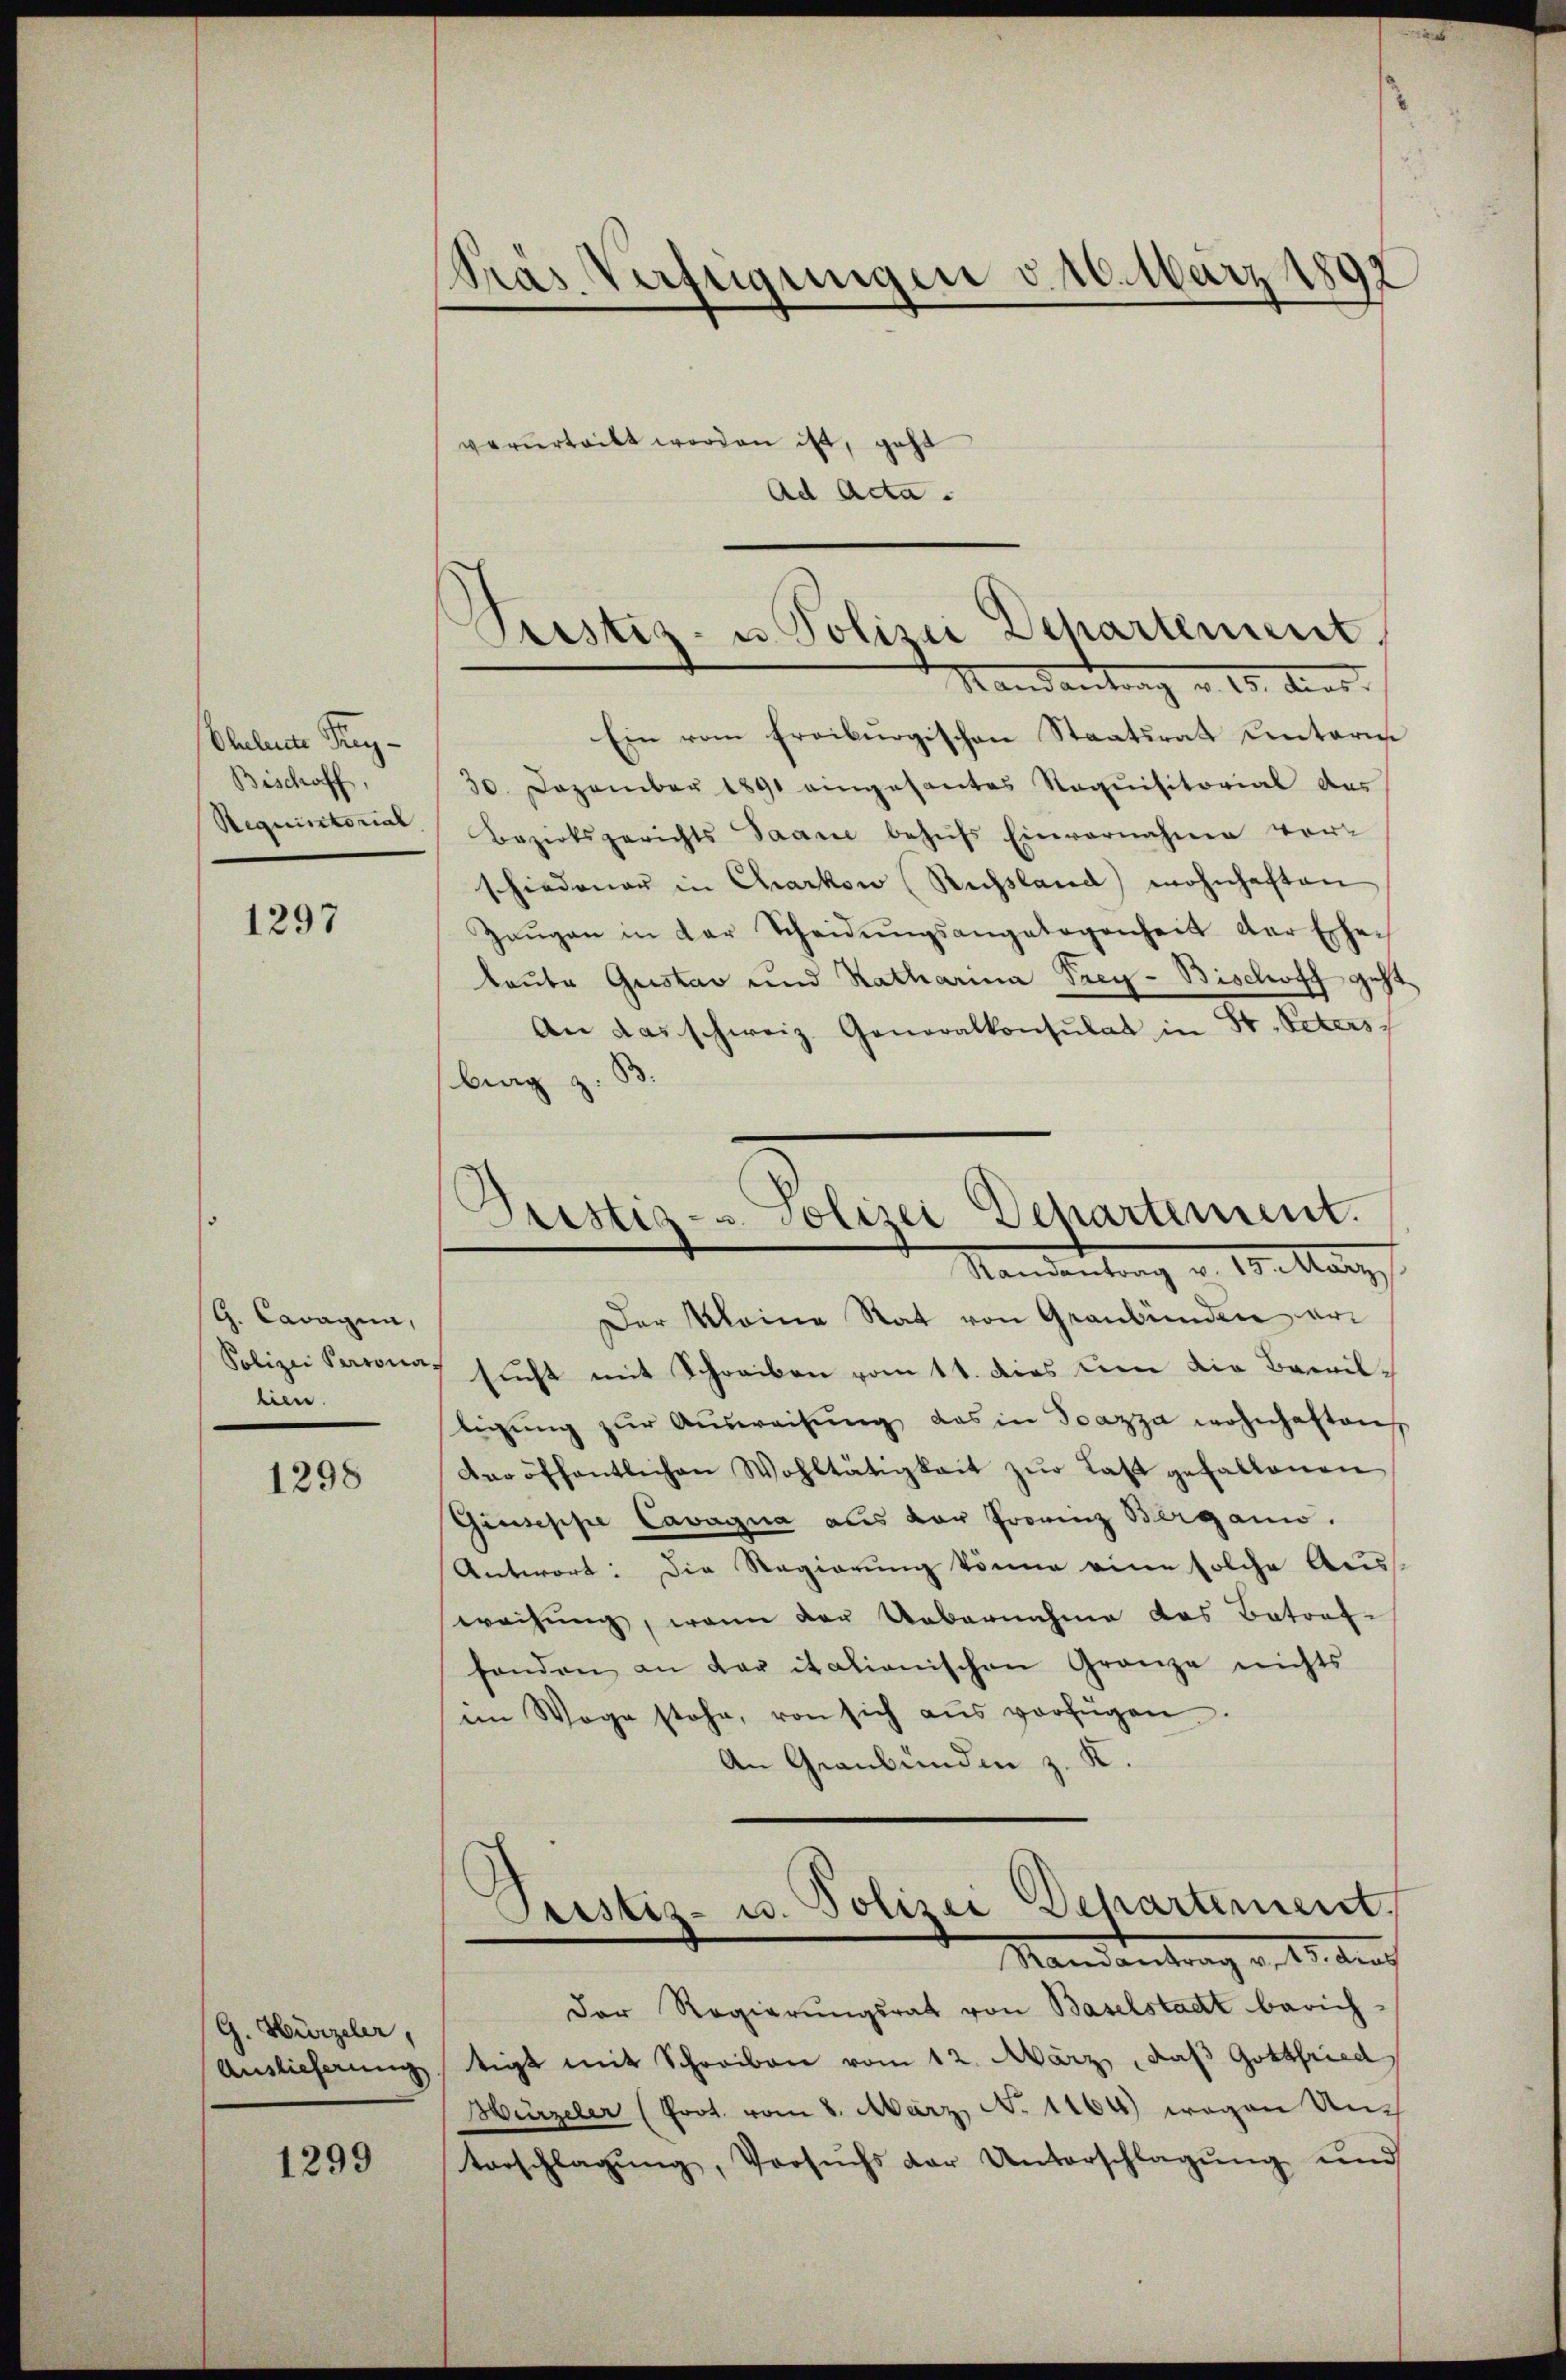
bluleine Krug¬
Bischoff,
Requistorial

1297

G. Cavagia,
Polizei Persona
lien.

1298

G. Hürzeler,
Auslieferung

1299

Pras Verfügungen v. 10. März 1892

Seestiz- u. Polizei Departement
Mandantrag v. 15. ders.

verurteilt worden ist, geht
Ad Acta.

Ein vom Freiburgischen Staatsrat Unterm
30. Dezember 1891 eingesantes Requisitorial des
Bezirksgerichts Saane behŭfs Einvernahme vor-
schiedener in Charkow (Rechsland wohnhaften
Zeŭgen in der Scheidŭngsangelegenheit der Ehe-
laute Gustav und Ratharina Frey- Bischoff geht
An das schweiz. Generalkonsulat in St. Peters
bing z.
Der kleine Rat von Graubünden ersucht mit Schreiben vom 11. dies den die Bewilligŭng zŭr Aŭsweisŭng das in Scazza wohnhaften,
der öffentlichen Wohltätigkeit zŭr Last gefallenen
Giuseppe Cavagna aus vor Frovinz Bergani.
Antwort: Die Regierung könne eine solche Auss
weisung, wenn der Uebernahme das Betraf-
handen an der italionischen Granze nichts
am Wege stehe, von sich aŭs verfügen.
An Graubünden z. K.
Pristiz- u. Polizei Behartement.
Mandantrag v. 15. durch
Der Regierungsrat von Baselstadt berich-
tigt mit Schreiben vom 12. März, daß Gottfried
Hürzeler (Prot. vom 8. März, No. 1164) wegen An
Vorschlagung, Versuchs der Unterschlagung und

Gristig- u. Polizei Departement.
Standentrag v. Weltange